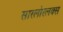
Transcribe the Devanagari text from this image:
सारलोरलक्स